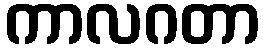
ကာလဂတာ